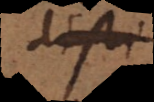
disti